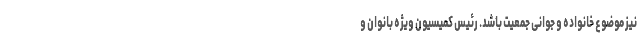
نیز موضوع خانواده و جوانی جمعیت باشد. رئیس کمیسیون ویژه بانوان و